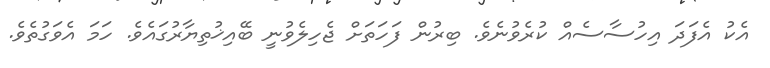
އެކު އެފަދަ އިހުސާސެއް ކުރެވުނެވެ. ބިރުން ފަހަތަށް ޖެހިލެވުނީ ބޭއިޚުތިޔާރުގައެވެ. ހަމަ އެވަގުތެވެ.